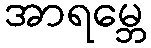
အာရမ္ဘေ